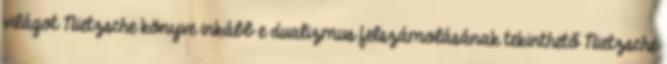
világot Nietzsche könyve inkább e dualizmus felszámolásának tekinthető Nietzsche